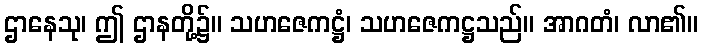
ဌာနေသု၊ ဤ ဌာနတို့၌။ သဟဇေကဋ္ဌံ၊ သဟဇေကဋ္ဌသည်။ အာဂတံ၊ လာ၏။